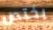
يختص